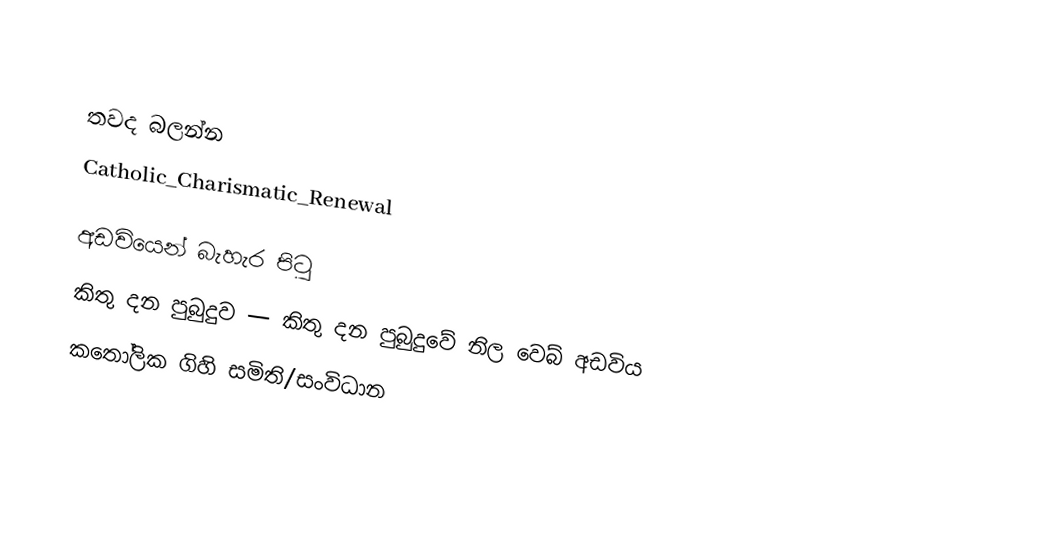

තවද බලන්න
 Catholic_Charismatic_Renewal

අඩවියෙන් බැහැර පිටු
කිතු දන පුබුදුව — කිතු දන පුබුදුවේ නිල වෙබ් අඩවිය
කතෝලික ගිහි සමිති/සංවිධාන